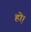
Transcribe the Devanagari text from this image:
हो़।